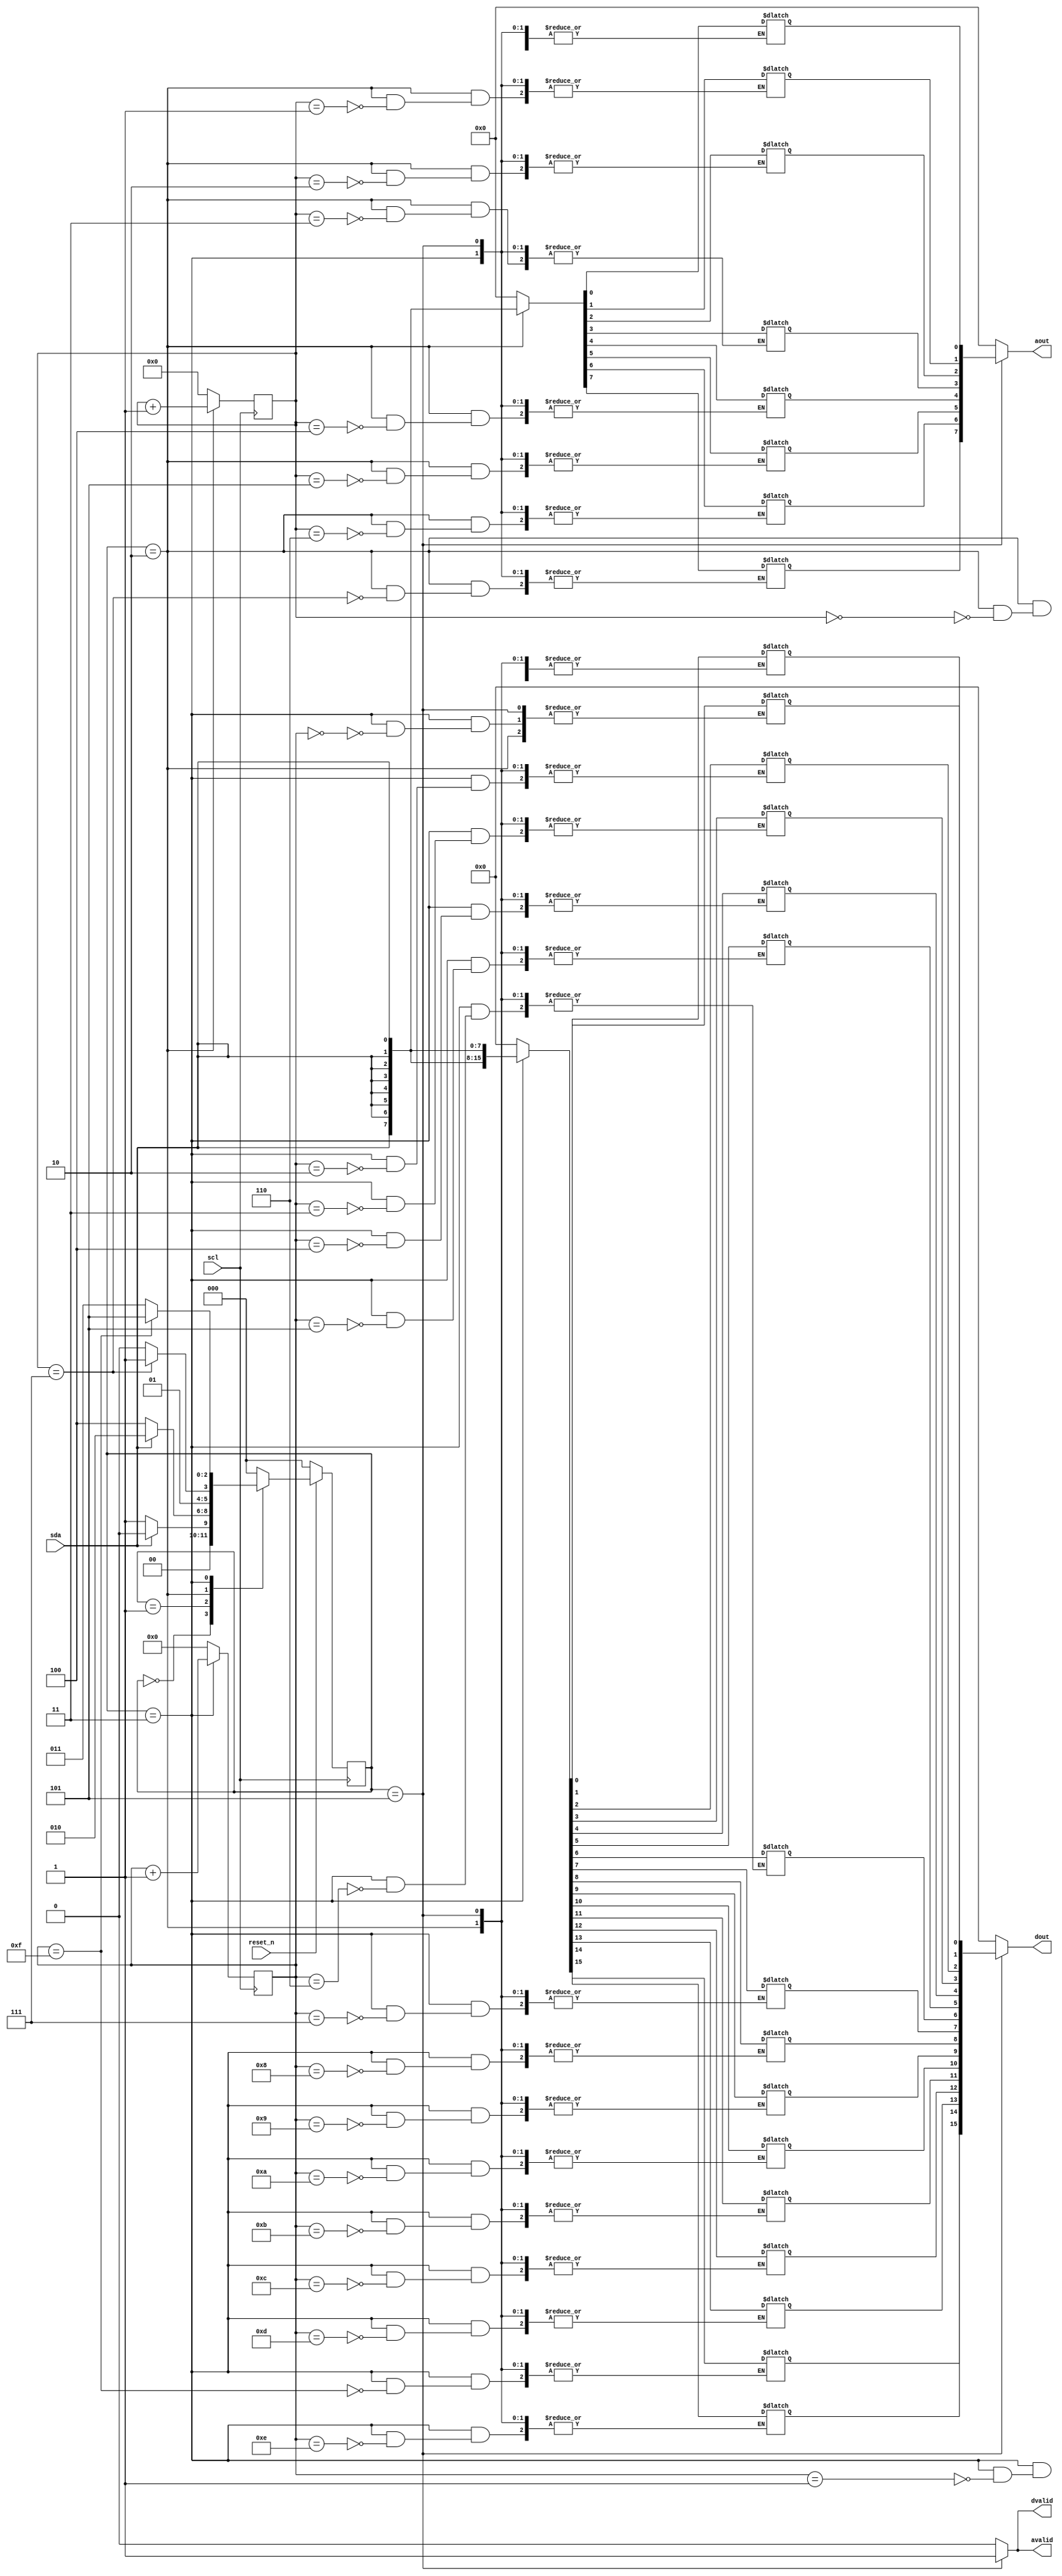

module SDAM( reset_n, scl, sda, avalid, aout, dvalid, dout);
input       reset_n;
input       scl;  
input       sda;

output	avalid, dvalid;
output	[7:0]	aout;
output	[15:0]	dout;



// ===== Coding your RTL below here ================================= 

reg     	avalid, dvalid;
reg	[7:0]	aout;
reg	[15:0]	dout;

parameter IDLE      = 3'd0;
parameter STR       = 3'd1;//start mode
parameter WR_ADDR   = 3'd2;//write address mode
parameter WR_DAT   = 3'd3;//write data mode
parameter RD        = 3'd4;//read (not use state)
parameter OUT       = 3'd5;//output result

reg [3:0]  addr_cnt;//address counter
reg [4:0]  data_cnt;//data counter
reg [2:0]  c_t, n_t;
reg [7:0]  address;
reg [15:0] data;
//CS
always@(posedge scl)
begin
	if(~reset_n)
		c_t <= IDLE;
	else
		c_t <= n_t;
end
//NS
always@(*)
begin
	case(c_t)
	IDLE   : n_t = (sda)? IDLE:STR;
	STR    : n_t = (sda)? WR_ADDR:RD;//1:write, 0:read(not use state)
	WR_ADDR: n_t = (addr_cnt == 4'd7)? WR_DAT:WR_ADDR; //get 8bit address from sda
	WR_DAT : n_t = (data_cnt == 5'd15)? OUT:WR_DAT; //get 16bit data from sda
	OUT    : n_t = IDLE;
	default:
		n_t = IDLE;
	endcase
end
//OL
always@(*)
begin
	case(c_t)
	WR_ADDR: begin
		avalid = 1'b0;
		dvalid = 1'b0;
		aout = 8'd0;
		dout = 16'd0;
		address[addr_cnt] = sda;
	end
	WR_DAT: begin
		avalid = 1'b0;
		dvalid = 1'b0;
		aout = 8'd0;
		dout = 16'd0;
		data[data_cnt] = sda;
	end
	OUT: begin
		avalid = 1'b1;
		dvalid = 1'b1;
		aout = address;
		dout = data;
	end
	default:
	begin
		avalid = 1'b0;
		dvalid = 1'b0;
		aout = 8'd0;
		dout = 16'd0;
		address = 8'd0;
		data = 16'd0;
	end
	endcase
end		
//(for counter)
always@(posedge scl)
begin
	case(c_t)
	WR_ADDR: begin
		addr_cnt <= addr_cnt +4'd1;
		data_cnt <= 5'd0;
	end
	WR_DAT: begin
		addr_cnt <= 4'd0;
		data_cnt <= data_cnt+ 5'd1;
	end
	default:
	begin
		addr_cnt <= 4'd0;
		data_cnt <= 5'd0;
	end
	endcase
end

endmodule